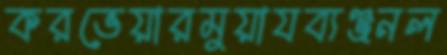
করভেয়ারমুয়াযব্যঞ্জনল